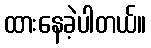
ထားနေခဲ့ပါတယ်။